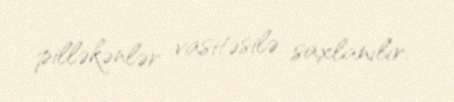
pilləkənlər vasitəsilə saxlanılır.